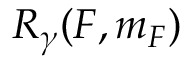
R _ { \gamma } ( F , m _ { F } )